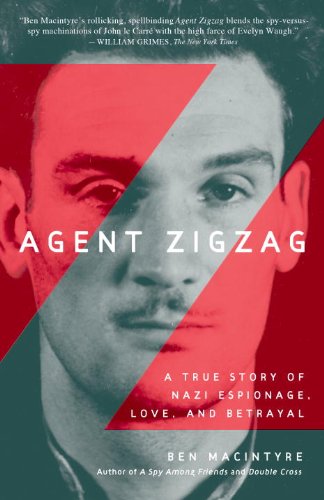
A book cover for Agent Zigzag: A True Story of Nazi Espionage, Love, and Betrayal; Ben Macintyre; Biographies & Memoirs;